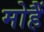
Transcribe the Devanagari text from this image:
मोहैं